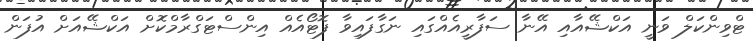
ޓްވިންކަލް ވަނީ އަކްޝޭއާއި އޭނާ ސަފާރީއެއްގައި ނަގާފައިވާ ފޮޓޯއެއް އިންސްޓަގްރާމްކޮށް އަކްޝޭއަށް އުފަން